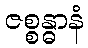
ဇစ္စန္ဓာနံ